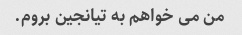
من می خواهم به تیانجین بروم.